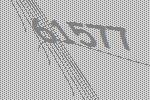
61577